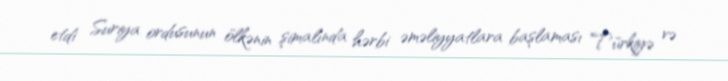
etdi Suriya ordusunun ölkənin şimalında hərbi əməliyyatlara başlaması Türkiyə və